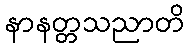
နာနတ္တသညာတိ